Annual statistical returns and brief notes on vaccination in Bengal - 1909-1929
Year: 1909
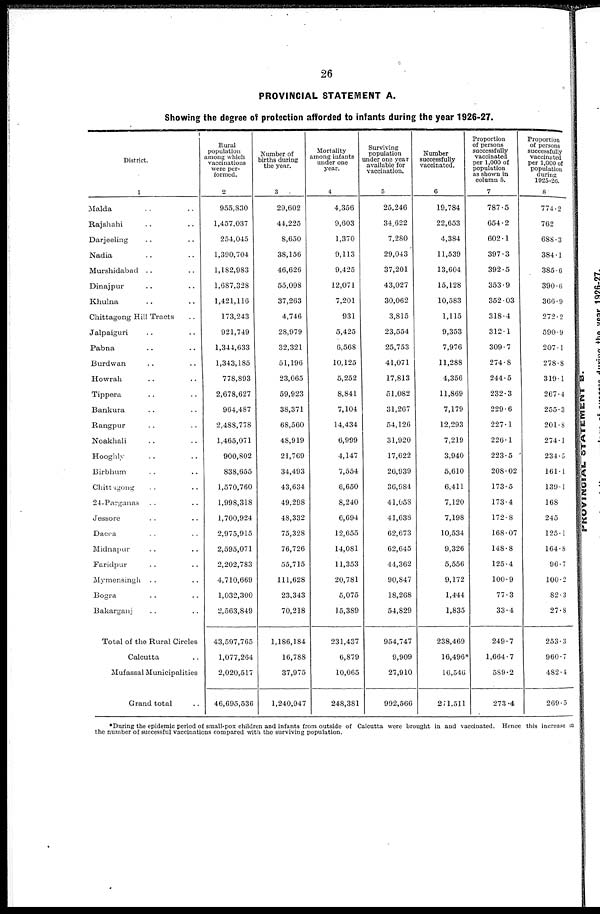
26
PROVINCIAL STATEMENT A.
Showing the degree of protection afforded to infants during the year 1926-27.
District.
1
Malda .. ..
Rajshahi .. ..
Darjeeling .. ..
Nadia .. ..
Murshidabad .. ..
Dinajpur .. ..
Khulna .. ..
Chittagong Hill Tracts ..
Jalpaiguri .. ..
Pabna .. ..
Burdwan .. ..
Howrah .. ..
Tippera .. ..
Bankura .. ..
Rangpur .. ..
Noakhali .. ..
Hooghly .. ..
Birbhum .. ..
Chittagong .. ..
24-Parganas .. ..
Jessore .. ..
Dacca .. ..
Midnapur .. ..
Faridpur .. ..
Mymensingh .. ..
Bogra .. ..
Bakarganj .. ..
Total of the Rural Circles
Calcutta ..
Mufassal Municipalities
Grand total ..
Rural
population
among which
vaccinations
were per-
formed.
2
955,830
1,457,037
254,045
1,390,704
1,182,983
1,687,328
1,421,116
173,243
921,749
1,344,633
1,343,185
778,893
2,678,627
964,487
2,488,778
1,465,071
900,802
838,655
1,570,760
1,998,318
1,700,924
2,975,915
2,595,071
2,202,783
4,710,669
1,032,300
2,563,849
43,597,765
1,077,264
2,020,517
46,695,536
Number of
births during
the year.
3
29,602
44,225
8,650
38,156
46,626
55,098
37,263
4,746
28,979
32,321
51,196
23,065
59,923
38,371
68,560
48,919
21,769
34,493
43,634
49,298
48,332
75,328
76,726
55,715
111,628
23,343
70,218
1,186,184
16,788
37,975
1,240,947
Mortality
among infants
under one
year.
4
4,356
9,603
1,370
9,113
9,425
12,071
7,201
931
5,425
6,568
10,125
5,252
8,841
7,104
14,434
6,999
4,147
7,554
6,650
8,240
6,694
12,655
14,081
11,353
20,781
5,075
15,389
231,437
6,879
10,065
248,381
Surviving
population
under one year
available for
vaccination.
5
25,246
34,622
7,280
29,043
37,201
43,027
30,062
3,815
23,554
25,753
41,071
17,813
51,082
31,267
54,126
31,920
17,622
26,939
36,984
41,058
41,638
62,673
62,645
44,362
90,847
18,268
54,829
954,747
9,909
27,910
992,566
Number
successfully
vaccinated.
6
19,784
22,653
4,384
11,539
13,604
15,128
10,583
1,115
9,353
7,976
11,288
4,356
11,869
7,179
12,293
7,219
3,940
5,610
6,411
7,120
7,198
10,534
9,326
5,556
9,172
1,444
1,835
238,469
16,496*
16,546
2 71,511
Proportion
of persons
successfully
vaccinated
per 1,000 of
population
as shown in
column 5.
7
787.5
654.2
602.1
397.3
392.5
353.9
352.03
318.4
312.1
309.7
274.8
244.5
232.3
229.6
227.1
226.1
223.5
208.02
173.5
173.4
172.8
168.07
148.8
125.4
100.9
77.3
33.4
249.7
1,664.7
589.2
273 .4
Proportion
of persons
successfully
vaccinated
per 1,000 of
population
during
1925-26.
8
774.2
762
688.3
384.1
385.6
390.6
366.9
272.2
590.9
207.1
278.8
319.1
267.4
255.3
201.8
274.1
234.0
161.1
139.1
168
245
125.1
164.8
96.7
100.2
82.3
27.8
253.3
960.7
482.4
269.5
*During the epidemic period of small-pox children and infants from outside of Calcutta were brought in and vaccinated. Hence this increase in
the number of successful vaccinations compared with the surviving population.